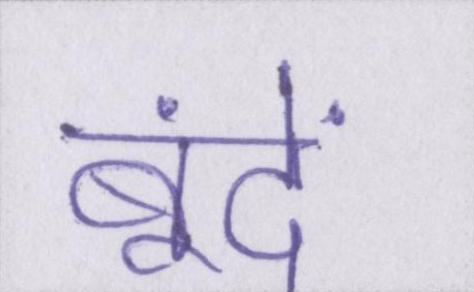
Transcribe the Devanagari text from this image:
बूंदें